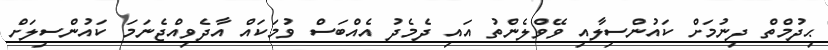
ޙިދުމްތް ދިނުމަށް ކައުންސިލާއި ވޭވްލެންތު އައި ދެމެދު އެއްބަސް ވުމަކައް އާދެވިއްޖެނަމަ ކައުންސިލަށް